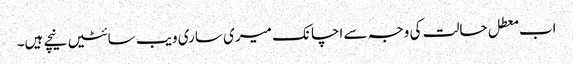
اب معطل حالت کی وجہ سے اچانک میری ساری ویب سائٹیں نیچے ہیں۔